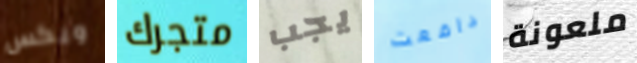
ويكس متجرك يجب دافعت ملعونة